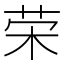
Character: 荣